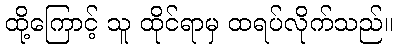
ထို့ကြောင့် သူ ထိုင်ရာမှ ထရပ်လိုက်သည်။